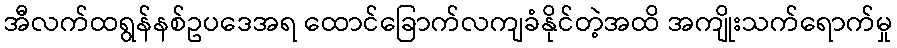
အီလက်ထရွန်နစ်ဥပဒေအရ ထောင်ခြောက်လကျခံနိုင်တဲ့အထိ အကျိုးသက်ရောက်မှု